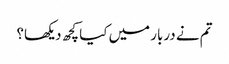
تم نے دربار میں کیا کچھ دیکھا؟